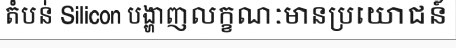
តំបន់ Silicon បង្ហាញលក្ខណៈមានប្រយោជន៍